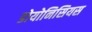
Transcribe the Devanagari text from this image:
डोयोनिसियस